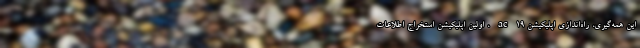
این همه‌گیری، راه‌اندازی اپلیکیشن ac۱۹، اولین اپلیکیشن استخراج اطلاعات